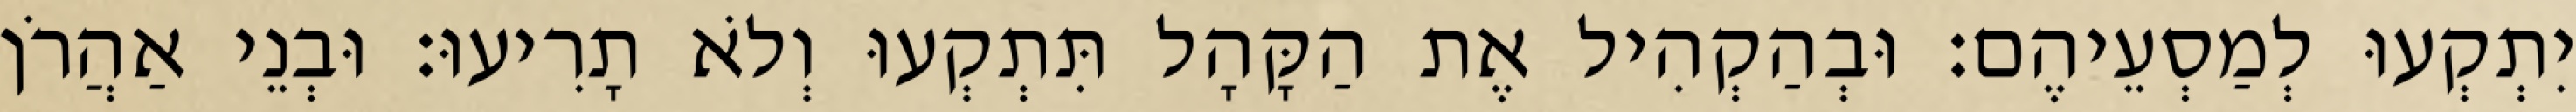
יִתְקְעוּ לְמַסְעֵיהֶם׃ וּבְהַקְהִיל אֶת הַקָּהָל תִּתְקְעוּ וְלֹא תָרִיעוּ׃ וּבְנֵי אַהֲרֹן